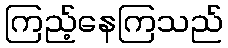
ကြည့်နေကြသည်